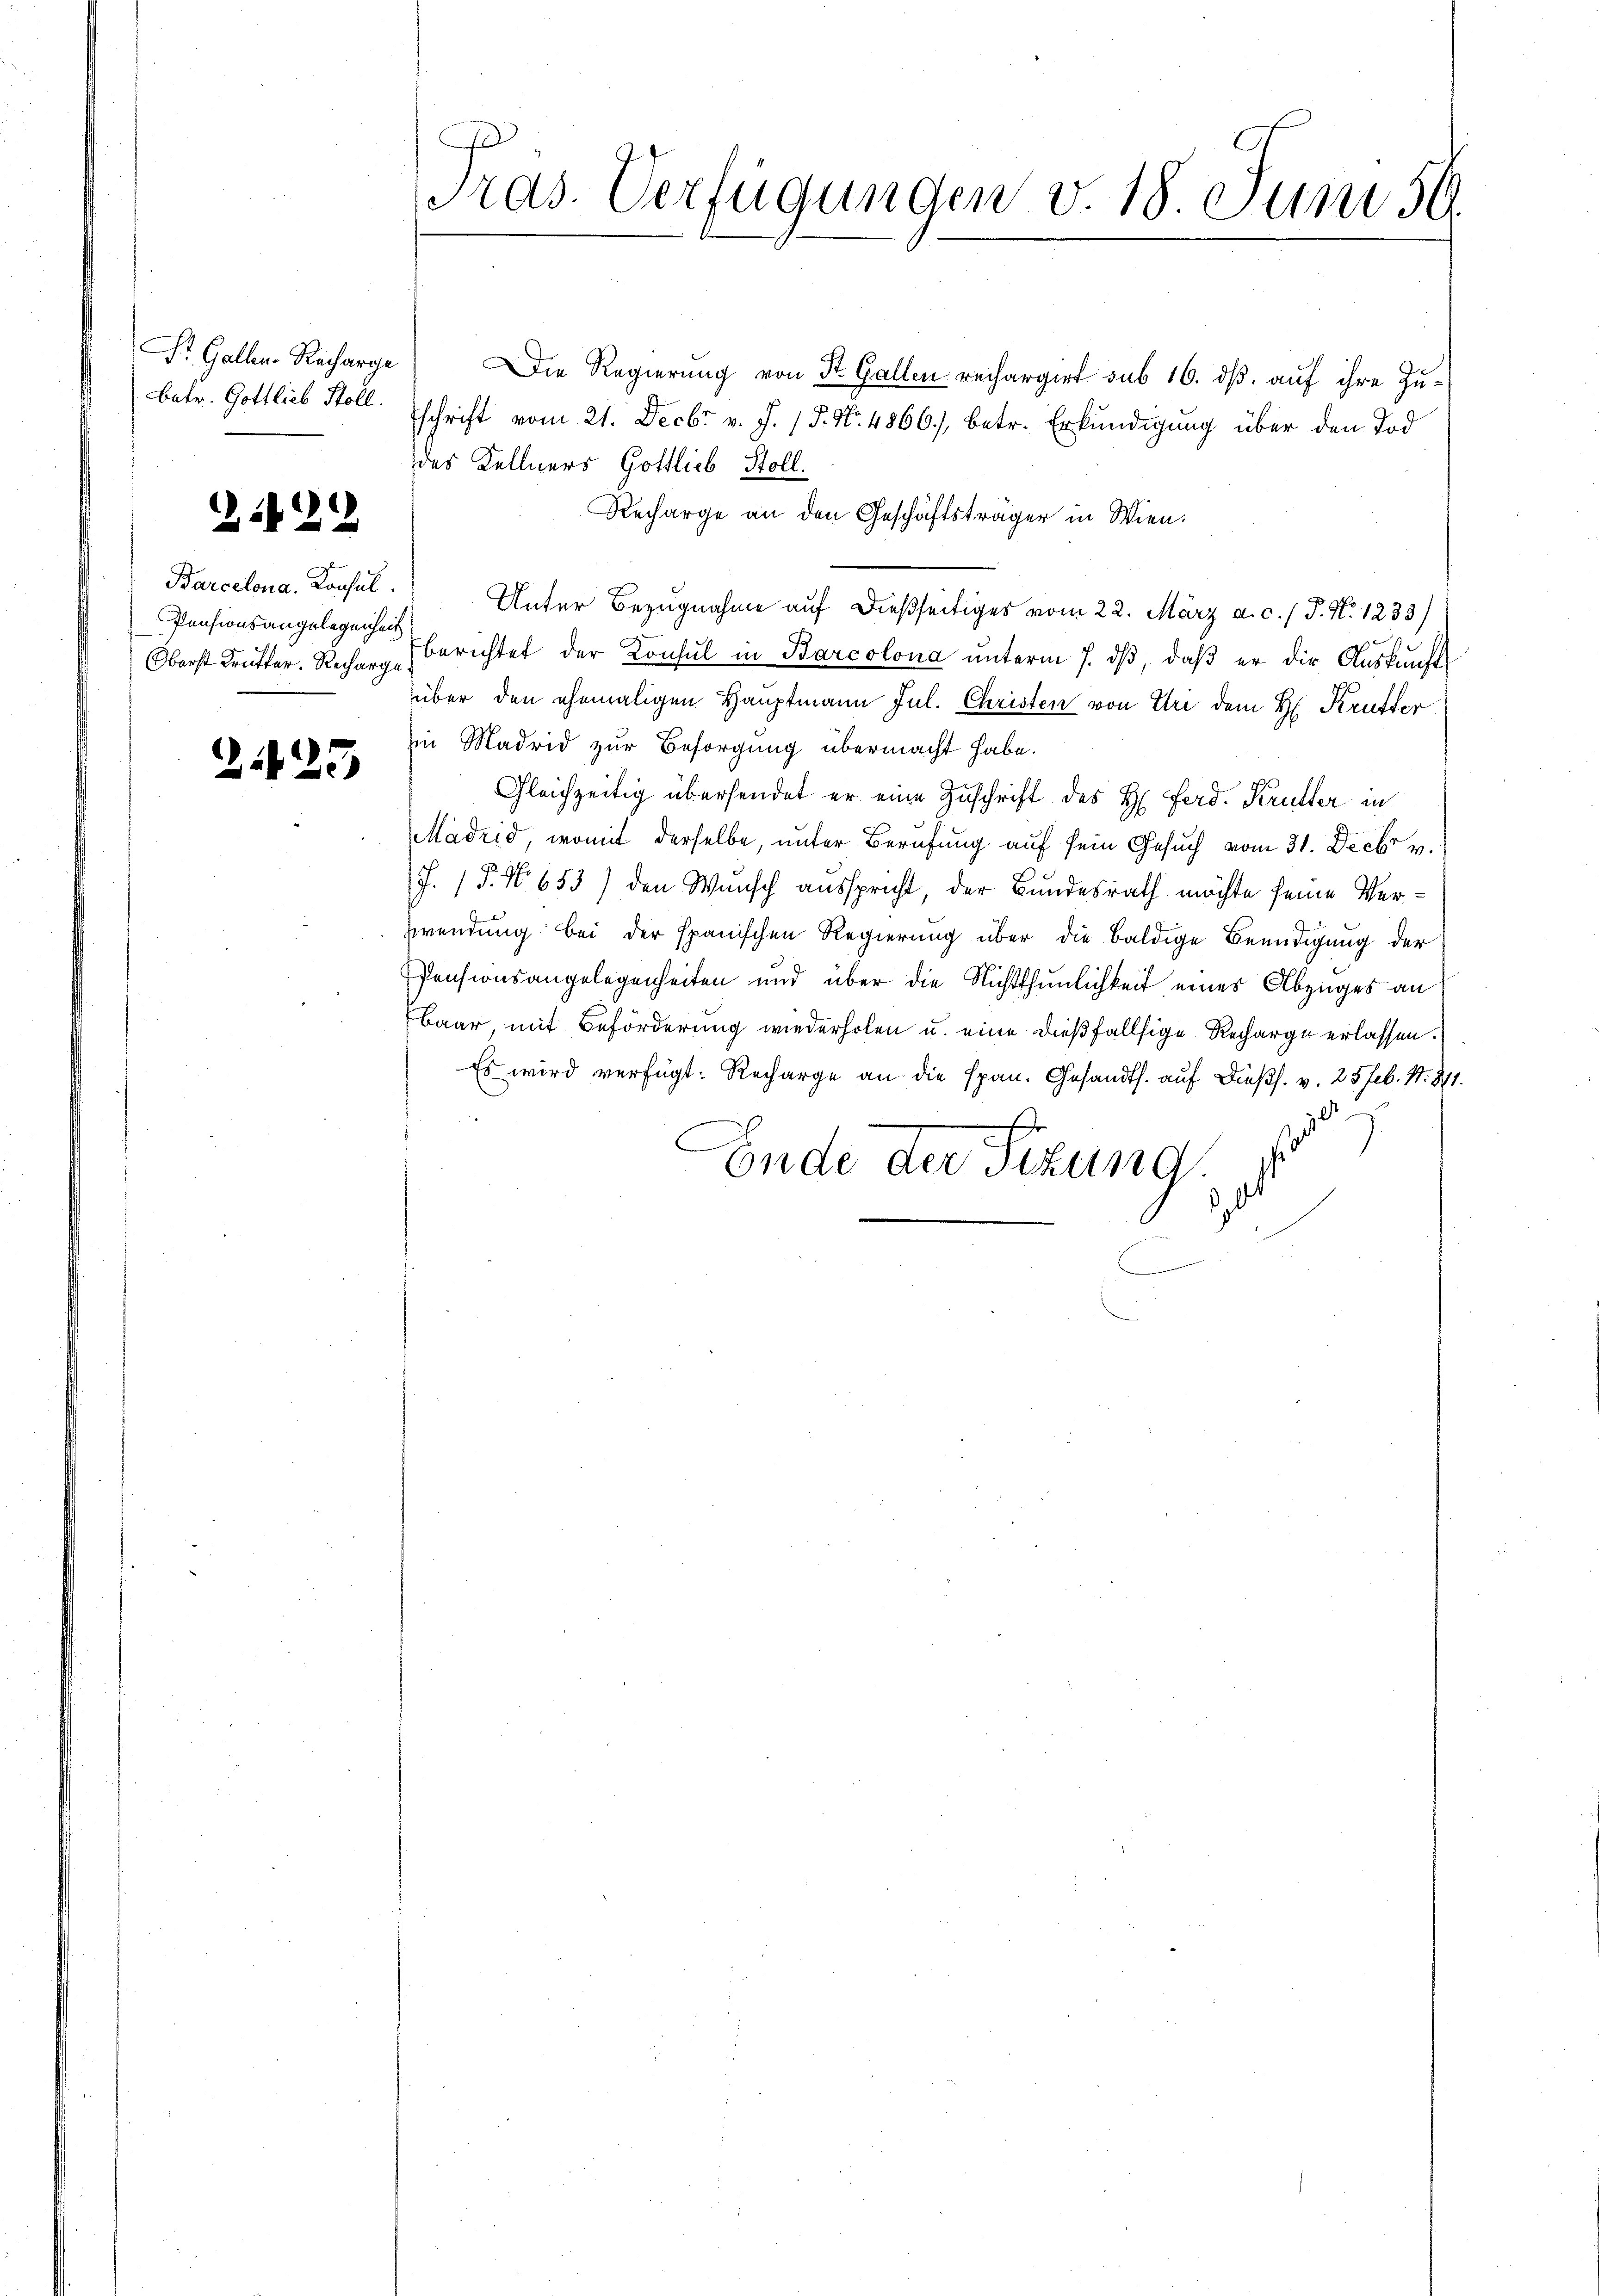
St. Gallen-Recharge
betr. Gottlieb Stoll.

2129

Barcelona, Konsul
Pensionsangelegenheit

225

Tras. Verfügungen v. 18. Juni 59.

Die Regierung von St. Gallen rechargirt sub 16. dß auf ihre Zuschrift vom 21. Decbr v. J. P. Nr. 4866), betr. Erkundigung über den Tod
des Kellners Gottlieb Stoll
Recharge an den Geschäftsträger in Wien.
Unter Bezugnahme auf dießseitiges vom 22. März a. c. / P. N. 1233)
Oberst Kutter. Recher berichtet der Konsul in Barcolona unterm 7. ds, daß er die Auskunftüber den ehemaligen Hauptmann Jul. Christen von Uri dem H. Krutter
in Madrid zur Besorgung übermacht habe.
Gleichzeitig übersendet er eine Zuschrift des H. Ferd. Krutter in
Madrid, womit derselbe, unter Berufung auf sein Gesuch vom 31. Decbr v.
J. P. Nr. 653) den Wunsch ausspricht, der Bundesrath möchte seine Ver¬
Zwendung bei der spanischen Regierung über die baldige Beendigung der
Pensionsangelegenheiten und über die Nichtthunlichkeit eines Abzuges an
Baar, mit Beförderung wiederholen u. eine dießfallsige Recharge erlassen.
Es wird verfügt: Recharge an die span. Gesandts. auf dießs. v. 25 Feb. 1871.
r
Ende der Sitzung
¬